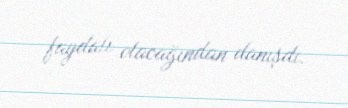
faydalı olacağından danışdı.